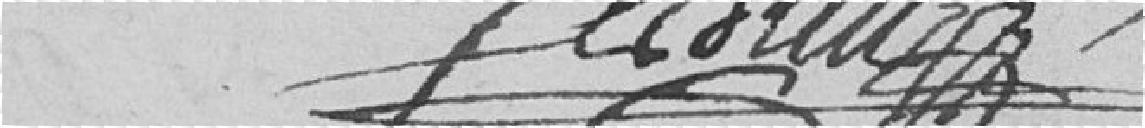
??